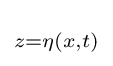
\scriptstyle z=\eta \left(x,t\right)